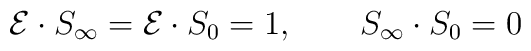
{\cal{E}} \cdot S_{\infty}= {\cal{E}} \cdot S_{0}= 1,  \qquad S_{\infty} \cdot S_{0}= 0